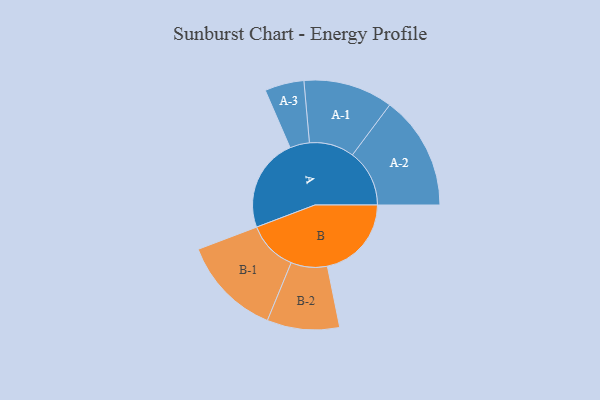
{"axis": {"x": "Segment", "y": "Value"}, "legend": ["", "A", "B"], "data": [{"x": "A", "y": 490, "type": ""}, {"x": "B", "y": 441, "type": ""}, {"x": "A-1", "y": 235, "type": "A"}, {"x": "A-2", "y": 299, "type": "A"}, {"x": "A-3", "y": 103, "type": "A"}, {"x": "B-1", "y": 263, "type": "B"}, {"x": "B-2", "y": 190, "type": "B"}]}